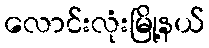
လောင်းလုံးမြို့နယ်